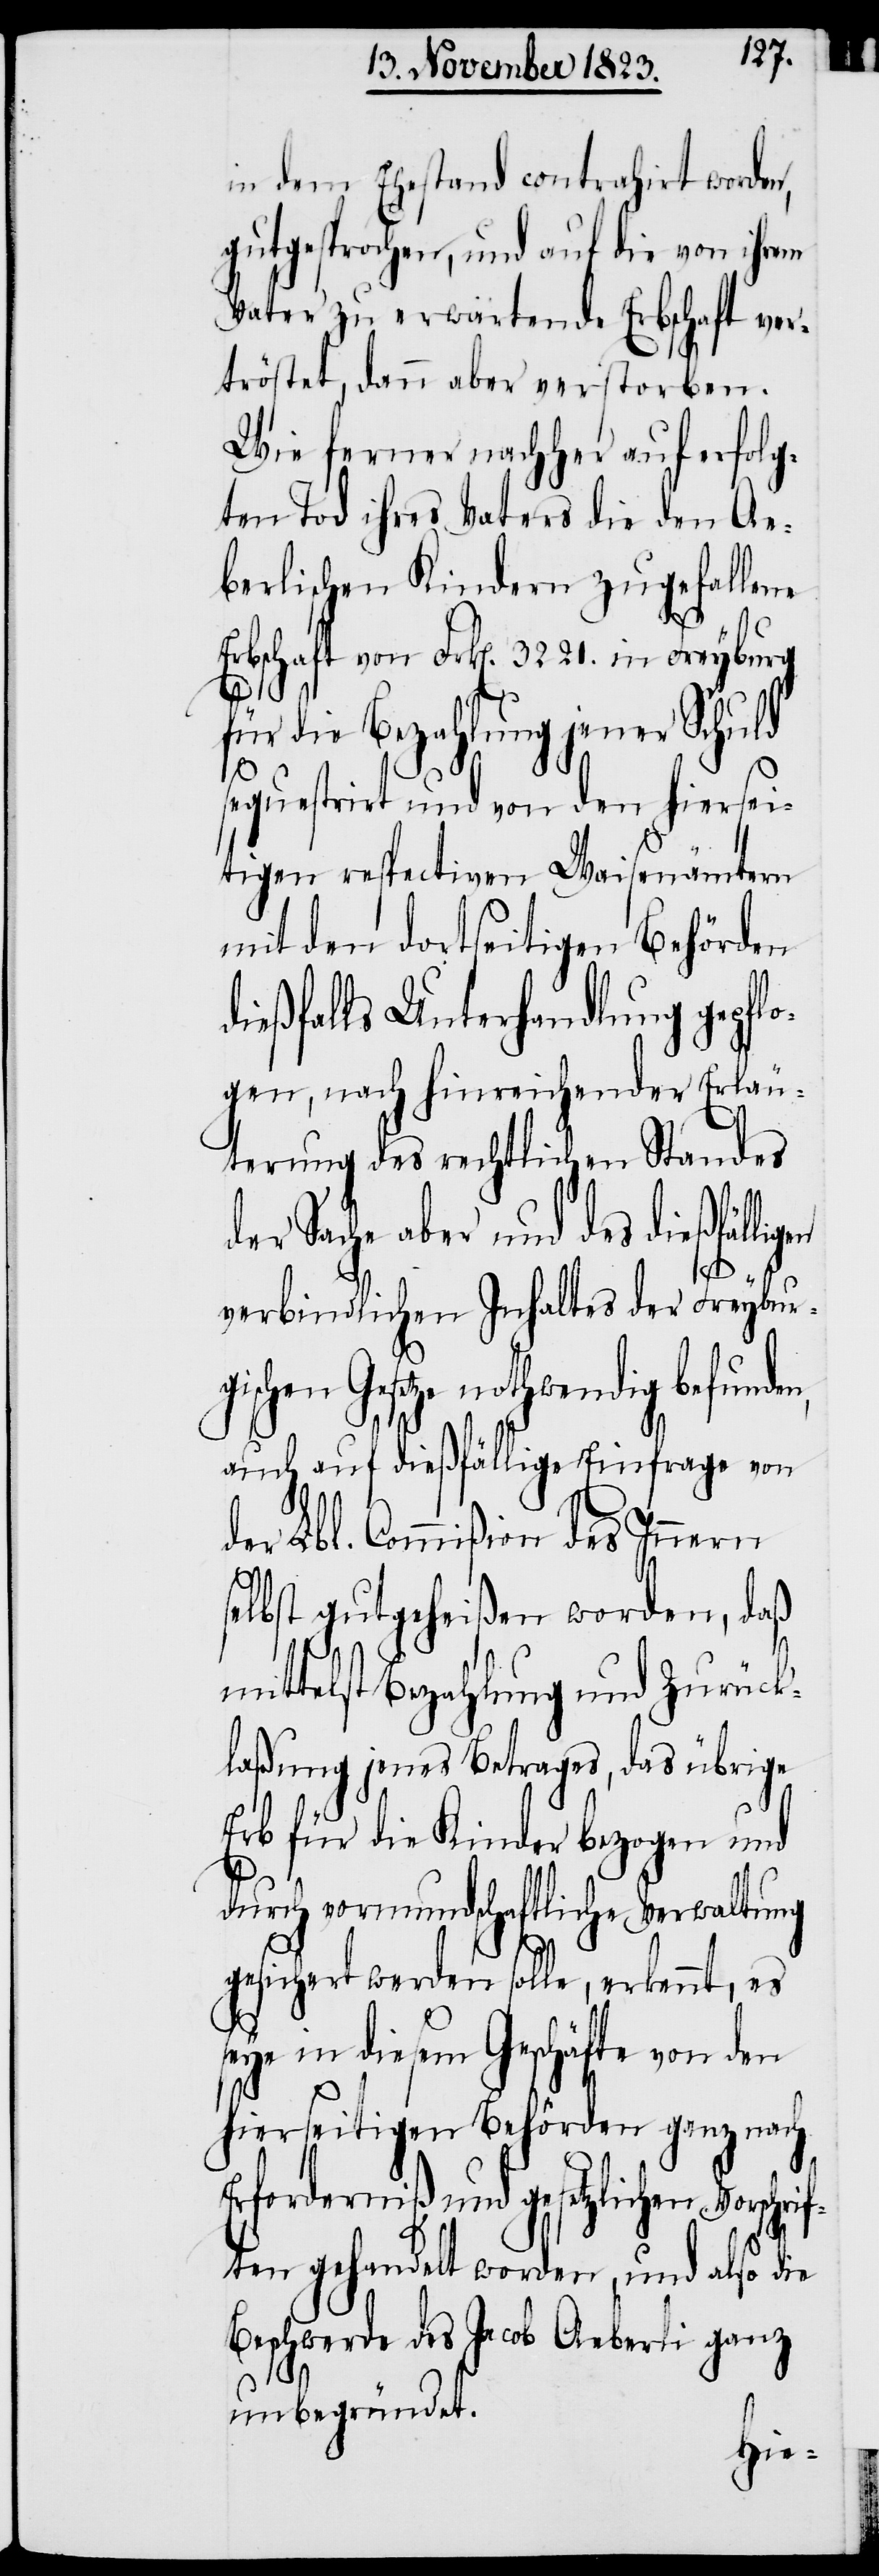
in dem Ehestand contrahirt worden,
gutgesprochen, und auf die von ihrem
Vater zu erwartende Erbschaft ver¬
tröstet, dann aber verstorben.
Wie ferner nachher auf erfolg¬
ten Tod ihres Vaters die den Ae¬
berlischen Kindern zugefallene
für die Bezahlung jener Schuld
sequestrirt und von den hiersei¬
tigen respectiven Waisenämtern
mit den dortseitigen Behörden
dießfalls Unterhandlung gepfl¬
ogen, nach hinreichender Erläu¬
terung des rechtlichen Standes
der Sache aber und des dießfälli¬
verbindlichen Inhaltes der Freyburgi¬
schen Gesetze nothwendig befund¬
auch auf dießfällige Einfrage von
der Lbl. Commißion des Innern
selbst gutgeheißen worden, daß
mittels Bezahlung und Zurück¬
laßung jenes Betrages, das übrige
Erb für die Kinder bezogen und
durch vormundschaftliche Verwaltung
gesichert werden solle, erkennt, es
seye in diesem Geschäfte von den
hierseitigen Behörden ganz nach
Erforderniß und gesetzlichen Vorschr¬
iften gehandelt worden, und also die
Beschwerde des Jacob Aeberli ganz
unbegründet.
en,